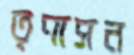
তৃণাসন